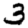
Digit: 3